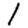
Digit: 1